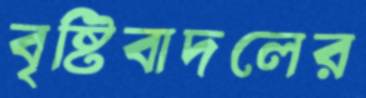
বৃষ্টিবাদলের